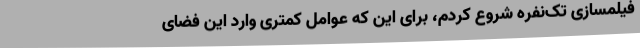
فیلمسازی تک‌نفره شروع کردم، برای این که عوامل کمتری وارد این فضای